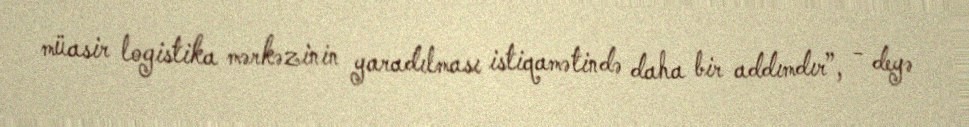
müasir logistika mərkəzinin yaradılması istiqamətində daha bir addımdır”, - deyə